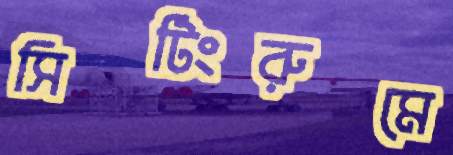
সিটিংরুমে